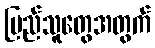
ပြည်သူတွေအတွက်